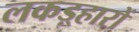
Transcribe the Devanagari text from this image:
लकड़्हारों